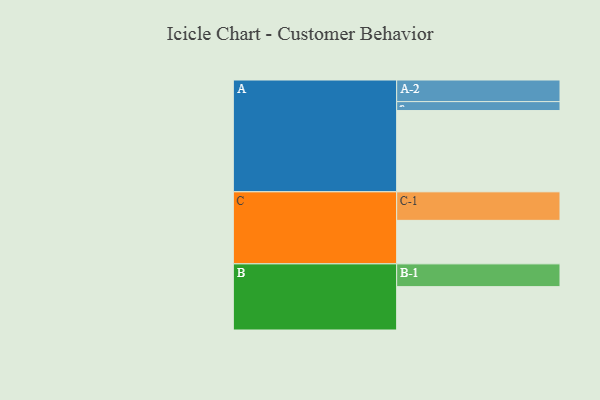
{"axis": {"x": "Segment", "y": "Value"}, "legend": ["", "A", "B", "C"], "data": [{"x": "A", "y": 564, "type": ""}, {"x": "B", "y": 301, "type": ""}, {"x": "C", "y": 302, "type": ""}, {"x": "A-1", "y": 62, "type": "A"}, {"x": "A-2", "y": 150, "type": "A"}, {"x": "B-1", "y": 158, "type": "B"}, {"x": "C-1", "y": 198, "type": "C"}]}